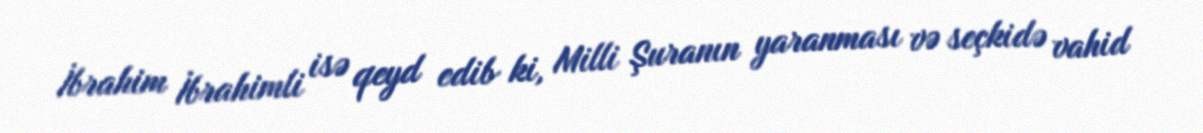
İbrahim İbrahimli isə qeyd edib ki, Milli Şuranın yaranması və seçkidə vahid